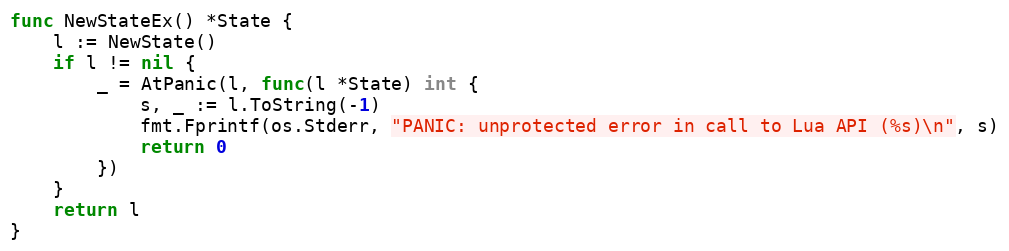
Language: Go
func NewStateEx() *State {
	l := NewState()
	if l != nil {
		_ = AtPanic(l, func(l *State) int {
			s, _ := l.ToString(-1)
			fmt.Fprintf(os.Stderr, "PANIC: unprotected error in call to Lua API (%s)\n", s)
			return 0
		})
	}
	return l
}